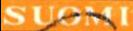
SUOMI